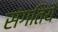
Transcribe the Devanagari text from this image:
संगतिये